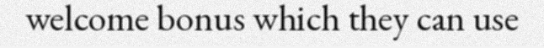
welcome bonus which they can use